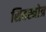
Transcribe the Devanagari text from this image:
शिवस्त्रोत्र